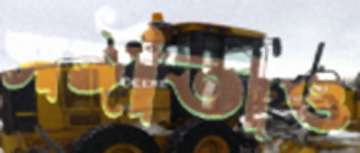
সঙ্গীতাও